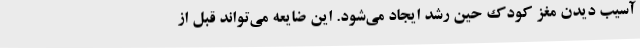
آسیب دیدن مغز کودک حین رشد ایجاد می‌شود. این ضایعه می‌تواند قبل از